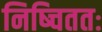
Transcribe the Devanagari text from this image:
निष्चिततः